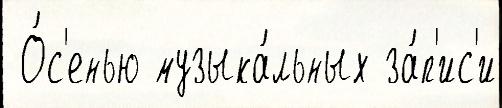
 О́с'енью музыка́льных за́п'ис'и